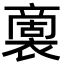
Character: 𮖭